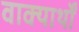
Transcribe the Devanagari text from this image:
वाक्यार्थों